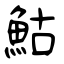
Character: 鮕